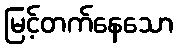
မြင့်တက်နေသော